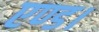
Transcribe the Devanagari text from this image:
एण्ड।